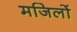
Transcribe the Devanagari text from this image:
मजिलों